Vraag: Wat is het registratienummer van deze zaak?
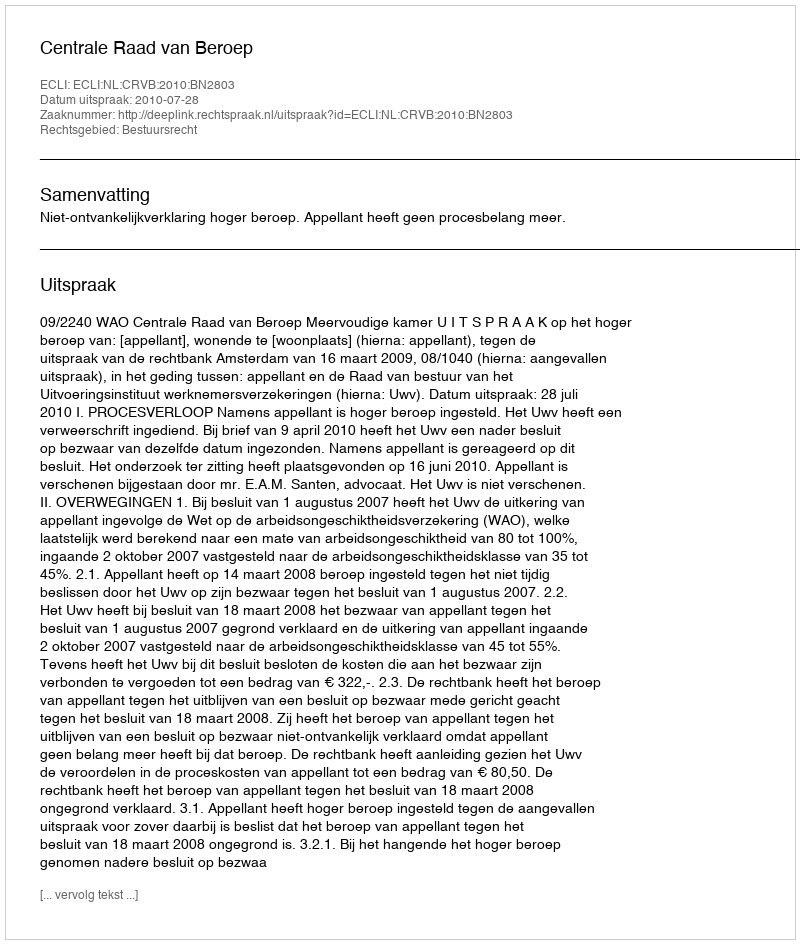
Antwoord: http://deeplink.rechtspraak.nl/uitspraak?id=ECLI:NL:CRVB:2010:BN2803